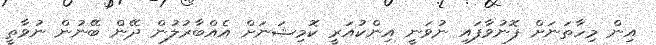
އިން މިހާތަނަށް ފޮނުވާފައި ނުވަނީ އިންކުއަރީ ކޮމިޝަނަށް އެއްބާރުލުން ދޭން ބޭނުން ނުވާތީ